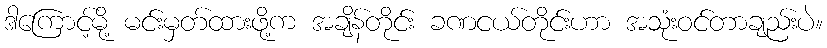
ဒါကြောင့်မို့ မင်းမှတ်ထားဖို့က အချိန်တိုင်း ခဏငယ်တိုင်းဟာ အသုံးဝင်တာချည်းပဲ။